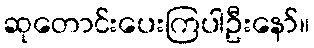
ဆုတောင်းပေးကြပါဦးနော်။